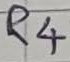
Text: R4